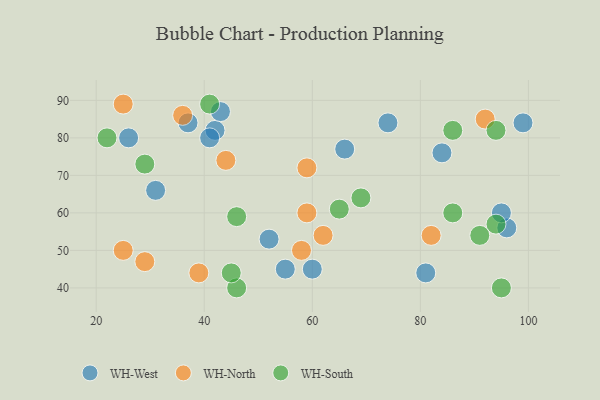
{"axis": {"x": "GDP", "y": "Life Expectancy"}, "legend": ["WH-North", "WH-South", "WH-West"], "data": [{"x": "96", "y": 56, "type": "WH-West"}, {"x": "37", "y": 84, "type": "WH-West"}, {"x": "26", "y": 80, "type": "WH-West"}, {"x": "55", "y": 45, "type": "WH-West"}, {"x": "42", "y": 82, "type": "WH-West"}, {"x": "60", "y": 45, "type": "WH-West"}, {"x": "41", "y": 80, "type": "WH-West"}, {"x": "66", "y": 77, "type": "WH-West"}, {"x": "99", "y": 84, "type": "WH-West"}, {"x": "81", "y": 44, "type": "WH-West"}, {"x": "95", "y": 60, "type": "WH-West"}, {"x": "52", "y": 53, "type": "WH-West"}, {"x": "43", "y": 87, "type": "WH-West"}, {"x": "84", "y": 76, "type": "WH-West"}, {"x": "74", "y": 84, "type": "WH-West"}, {"x": "31", "y": 66, "type": "WH-West"}, {"x": "59", "y": 60, "type": "WH-North"}, {"x": "92", "y": 85, "type": "WH-North"}, {"x": "39", "y": 44, "type": "WH-North"}, {"x": "25", "y": 89, "type": "WH-North"}, {"x": "44", "y": 74, "type": "WH-North"}, {"x": "29", "y": 47, "type": "WH-North"}, {"x": "62", "y": 54, "type": "WH-North"}, {"x": "36", "y": 86, "type": "WH-North"}, {"x": "82", "y": 54, "type": "WH-North"}, {"x": "25", "y": 50, "type": "WH-North"}, {"x": "59", "y": 72, "type": "WH-North"}, {"x": "58", "y": 50, "type": "WH-North"}, {"x": "94", "y": 57, "type": "WH-South"}, {"x": "91", "y": 54, "type": "WH-South"}, {"x": "94", "y": 82, "type": "WH-South"}, {"x": "29", "y": 73, "type": "WH-South"}, {"x": "46", "y": 59, "type": "WH-South"}, {"x": "69", "y": 64, "type": "WH-South"}, {"x": "46", "y": 40, "type": "WH-South"}, {"x": "41", "y": 89, "type": "WH-South"}, {"x": "95", "y": 40, "type": "WH-South"}, {"x": "86", "y": 82, "type": "WH-South"}, {"x": "45", "y": 44, "type": "WH-South"}, {"x": "86", "y": 60, "type": "WH-South"}, {"x": "22", "y": 80, "type": "WH-South"}, {"x": "65", "y": 61, "type": "WH-South"}]}